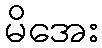
မိအေး